Lunatic asylums Bombay report 1878-1890 - 1878-1890
Year: 1878
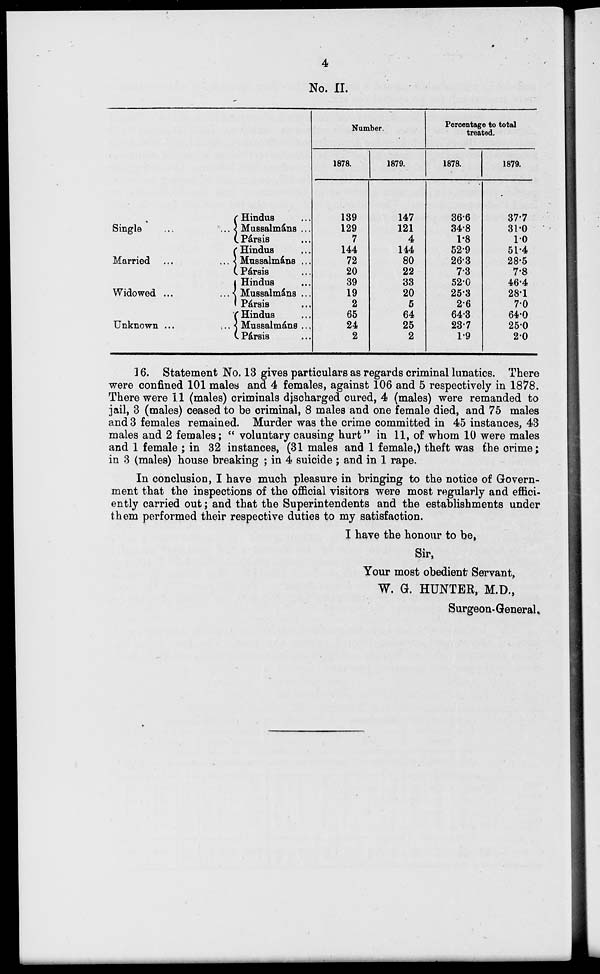
4
No. II.
Single ... ...
Married ...
Widowed ...
Unknown ...
Hindus ...
Mussalmáns ...
Pársis ...
Hindus ...
Mussalmáns ...
Pársis
Hindus ...
Mussalmáns ...
Pársis
Hindus
Mussalmáns ...
Pársis ...
Number.
1878.
139
129
7
144
72
20
39
19
2
65
24
2
1879.
147
121
4
144
80
22
33
20
5
64
25
2
Percentage to total
treated.
1878.
36.6
34.8
1.8
52.9
26.3
7.3
52.0
25.3
2.6
64.3
23.7
1.9
1879.
37.7
31.0
1.0
51.4
28.5
7.8
46.4
28.1
7.0
64.0
25.0
2.0
16. Statement No. 13 gives particulars as regards criminal lunatics. There
were confined 101 males and 4 females, against 106 and 5 respectively in 1878.
There were 11 (males) criminals discharged cured, 4 (males) were remanded to
jail, 3 (males) ceased to be criminal, 8 males and one female died, and 75 males
and 3 females remained. Murder was the crime committed in 45 instances, 43
males and 2 females; " voluntary causing hurt" in 11, of whom 10 were males
and 1 female ; in 32 instances, (31 males and 1 female,) theft was the crime;
in 3 (males) house breaking ; in 4 suicide ; and in 1 rape.
In conclusion, I have much pleasure in bringing to the notice of Govern-
ment that the inspections of the official visitors were most regularly and effici-
ently carried out; and that the Superintendents and the establishments under
them performed their respective duties to my satisfaction.
I have the honour to be,
Sir,
Your most obedient Servant,
W. G. HUNTER, M.D.,
Surgeon-General.